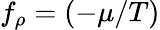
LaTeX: f_{\rho}=(-\mu/T)